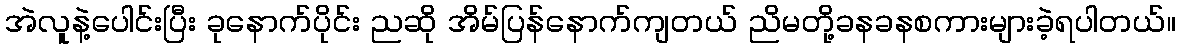
အဲလူနဲ့ပေါင်းပြီး ခုနောက်ပိုင်း ညဆို အိမ်ပြန်နောက်ကျတယ် ညိမတို့ခနခနစကားများခဲ့ရပါတယ်။